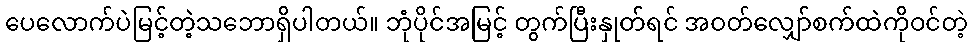
ပေလောက်ပဲမြင့်တဲ့သဘောရှိပါတယ်။ ဘုံပိုင်အမြင့် တွက်ပြီးနှုတ်ရင် အဝတ်လျှော်စက်ထဲကိုဝင်တဲ့